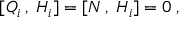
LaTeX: [ Q _ { i } \, , \; H _ { i } ] = [ N \, , \; H _ { i } ] = 0 \; ,